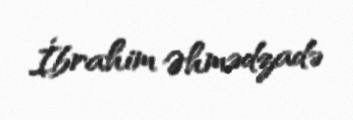
İbrahim Əhmədzadə